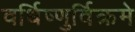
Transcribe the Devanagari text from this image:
वर्धिष्णुर्विक्रमे